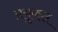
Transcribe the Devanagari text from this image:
प्रयुकत